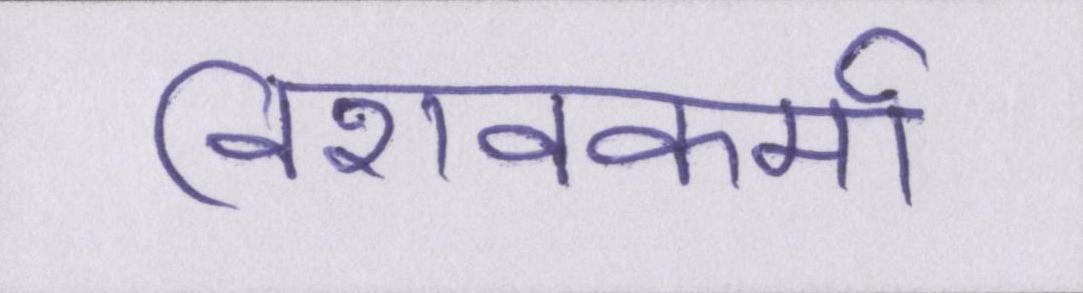
विशवकर्मा